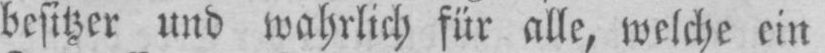
besitzer und wahrlich für alle, welche ein